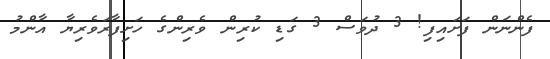
ފެންނަން ފަށައިފި! 3 ދުވަސް 3 ގަޑި ކުރިން ވެރިންގެ ހަށިފާރަވެރިޔާ އާންމު